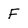
Character: F